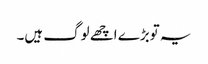
یہ توبڑے اچھے لوگ ہیں۔